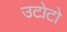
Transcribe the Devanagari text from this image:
उटोटो